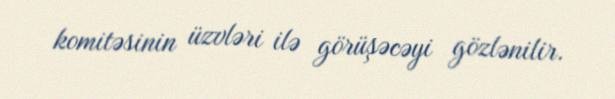
komitəsinin üzvləri ilə görüşəcəyi gözlənilir.